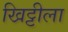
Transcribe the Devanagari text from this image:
खिट्टीला